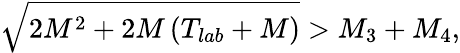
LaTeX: \sqrt{2M^{2}+2M\left(T_{lab}+M\right)}>M_{3}+M_{4},